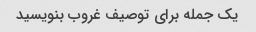
یک جمله برای توصیف غروب بنویسید